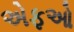
એફઓ